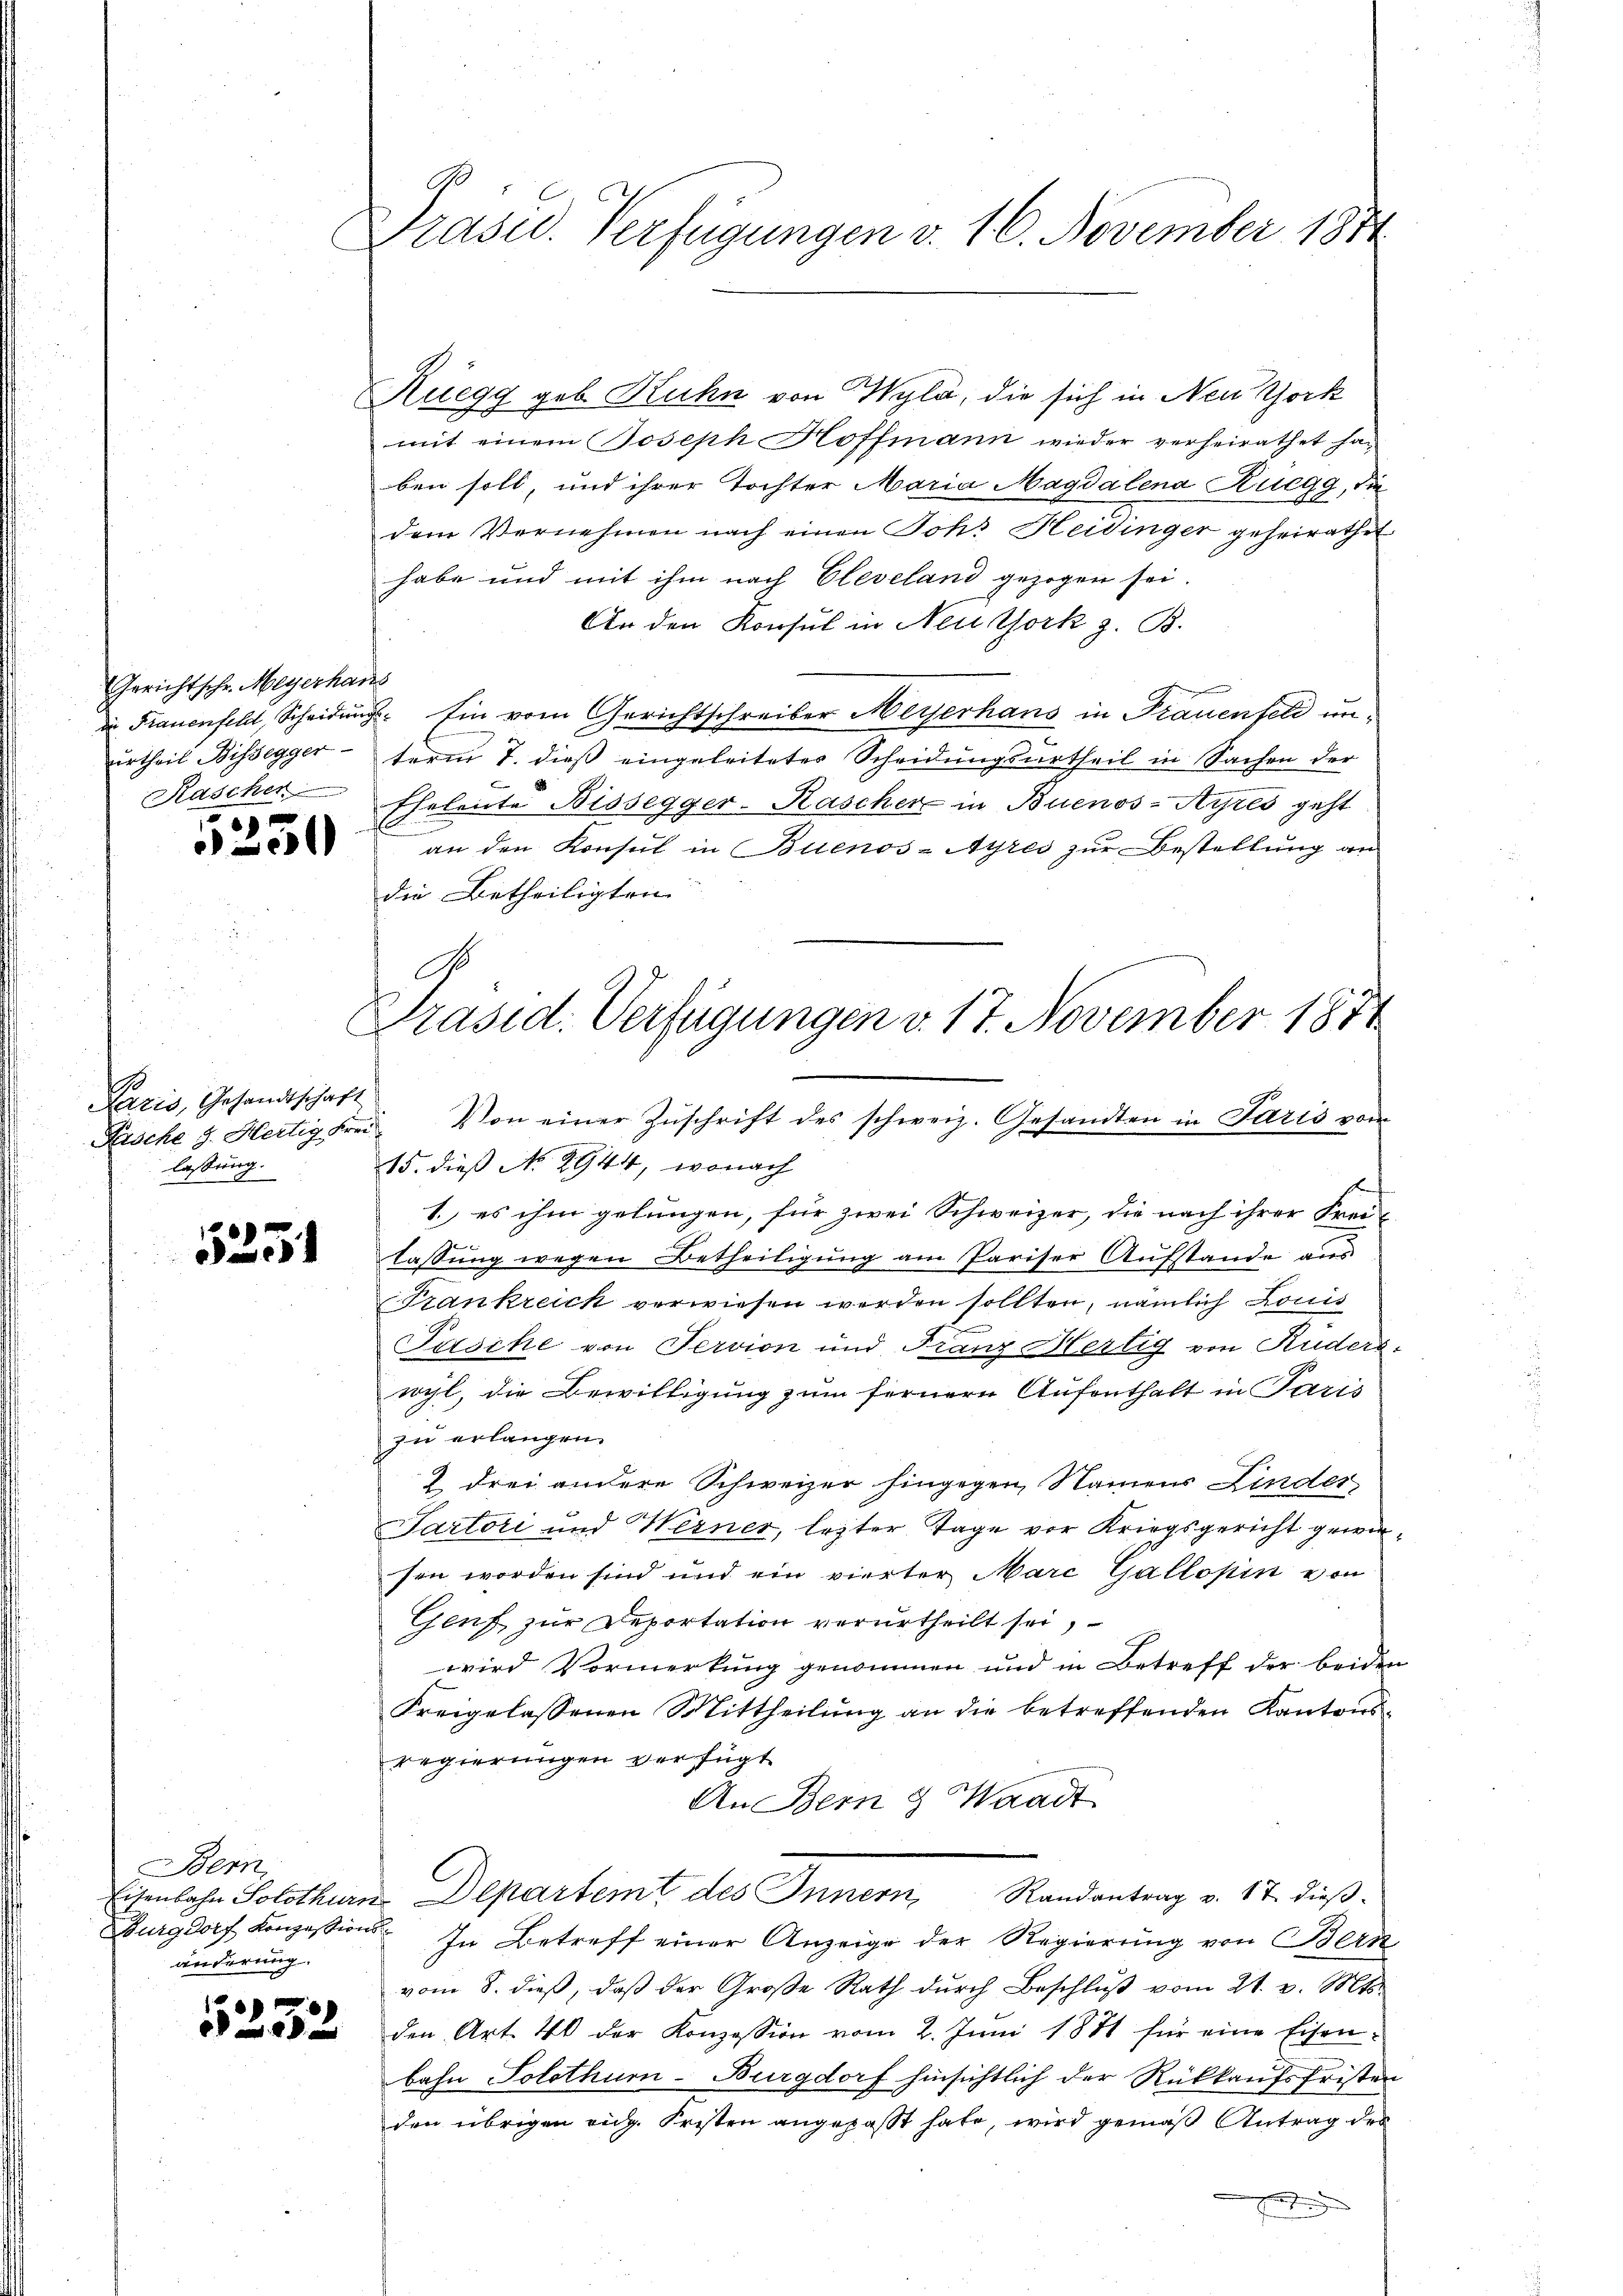
Gericht schr. Meyerhaus
urtheil Bissegger
Kascher

250

Paris, Gesandtschaft
lassen.
g

5251

Bern,
änderung.

5333

Präsid. Verfügungen v. 16. November 1874

Ruegg geb. Kuhn von Wyla, die sich in New York
mit einem Joseph Hoffmann wieder verheirathet haben soll, und ihrer Tochter Maria Magdalena Ruegg, die
dem Vernehmen nach einen Joh. Heidinger geheirathe
habe und mit ihm nach Cleveland gezogen sei.
An den Konsul in Neu York z. B.
in Frauenfeld, Scheidungs- Ein vom Gerichtschreiber Meyerhans in Frauenfeld unterm 7. dieß eingeleitetes Scheidungsurtheil in Sachen der
Eheleute Bissegger-Kascher in Buenos-Ayres geht
an den Konsul in Buenos-Ayres zur Bestellung an
die Betheiligten
Päsche J. Hertig Frei. Von einer Zŭschrift des schweiz. Gesandten in Paris von
15. dieß No 2944, wonach
1. es ihm gelungen, für zwei Schweizer, die nach ihrer Frei-
lassung wegen Betheiligung am Pariser Aufstande aus
Trankreich verwiesen werden sollten, nämlich Louis
Pasche von Servion und Franz Hertig von Rüdere,
wil, die Bewilligung zum fernere Aufenthalt in Paris
zu erlangen.
2 drei andere Schweizer hingegen Namens Linder
Partori und Werner, lezter Tage vor Kriegsgericht gewiesen worden sind und ein vierter Marc Gallopin von
Genf zur Deportation verurtheilt sei,
wird Vormerkung genommen und in Betreff der beiden
Freigelassenen Mittheilung an die betreffenden Kantons-
regierungen verfügt
An Bern & Waadt
Eisenlohn Solothurn. Departemt des Innern, Randantrag v. 17. dieß¬
Burgdorf Konzessions- In Betreff einer Anzeige der Regierung von Bern
vom 8. dieß, daß der Große Rath durch Beschluß vom 21. v. Mts.
den Art. 40 der Konzession vom 2. Juni 1881 für eine Eisen-
bahn Solothurn-Burgdorf hinsichtlich der Rückkaufsfristen
den übrigen eidg. Fristen angepaßt habe, wird gemäß Antrag der
g

.
Präsid. Verfügungen v. 17. November 1871
e